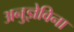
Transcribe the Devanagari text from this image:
अनुज्ञेविना